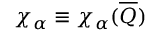
\chi _ { \alpha } \equiv \chi _ { \alpha } ( \overline { { { Q } } } )